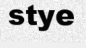
stye